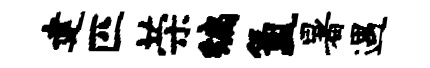
建匹荣编氲暑遇